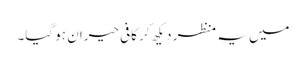
میں یہ منظر دیکھ کر کافی حیران ہو گیا۔